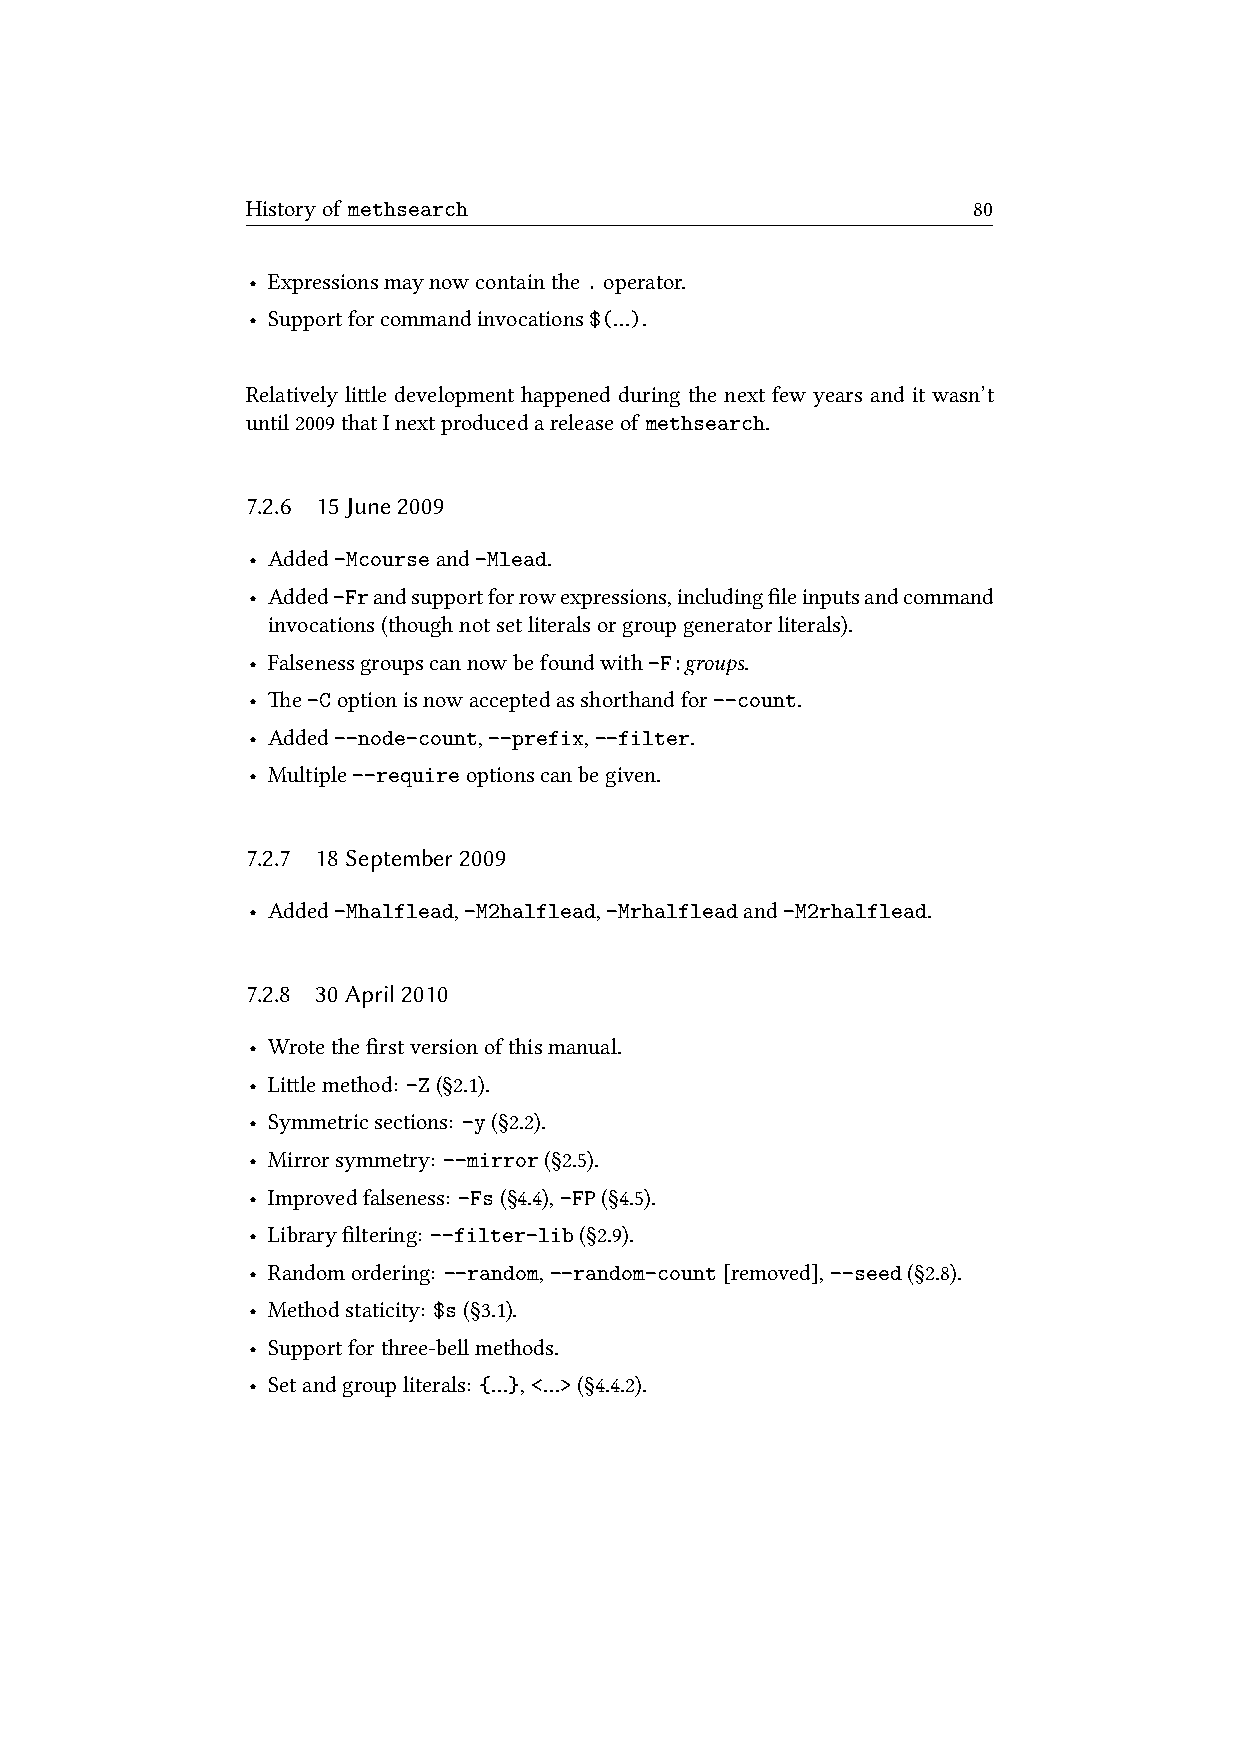
Historyof methsearch                            80
 • Expressionsmaynowcontainthe.operator.
 • Supportforcommandinvocations$(…).
 Relatively lile development happened during the next few years and it wasn’t
 until2009thatInextproducedareleaseof methsearch.
 7.2.6 15June2009
 • Added-Mcourseand-Mlead.
 • Added-Frandsupportforrowexpressions,includingfileinputsandcommand
 invocations(thoughnotsetliteralsorgroupgeneratorliterals).
 • Falsenessgroupscannowbefoundwith-F:groups.
 • e-Coptionisnowacceptedasshorthandfor--count.
 • Added--node-count,--prefix,--filter.
 • Multiple--requireoptionscanbegiven.
 7.2.7 18September2009
 • Added-Mhalflead,-M2halflead,-Mrhalfleadand-M2rhalflead.
 7.2.8 30April2010
 • Wrotethefirstversionofthismanual.
 • Lilemethod: -Z(§2.1).
 • Symmetricsections: -y(§2.2).
 • Mirrorsymmetry: --mirror(§2.5).
 • Improvedfalseness: -Fs(§4.4),-FP(§4.5).
 • Libraryfiltering: --filter-lib(§2.9).
 • Randomordering: --random,--random-count[removed],--seed(§2.8).
 • Methodstaticity: $s(§3.1).
 • Supportforthree-bellmethods.
 • Setandgroupliterals: {…},<…>(§4.4.2).